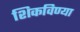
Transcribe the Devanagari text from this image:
शिकविण्या